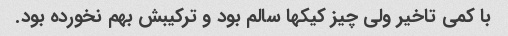
با کمی تاخیر ولی چیز کیکها سالم بود و ترکیبش بهم نخورده بود.